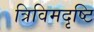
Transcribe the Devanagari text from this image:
त्रिविमदृष्टि